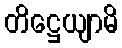
တိဋ္ဌေယျာမိ